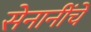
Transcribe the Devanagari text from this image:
सेनानींचे